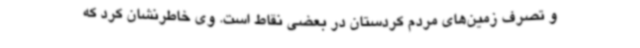
و تصرف زمین‌های مردم کردستان در بعضی نقاط است. وی خاطرنشان کرد که